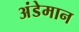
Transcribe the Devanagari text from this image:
अंडेमान